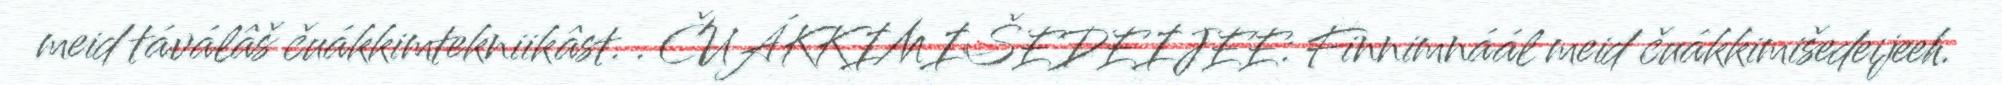
meid táválâš čuákkimtekniikâst. . ČUÁKKIMIŠEDEIJEE: Finnimnáál meid čuákkimišedeijeeh.